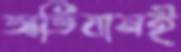
অভিযানই